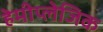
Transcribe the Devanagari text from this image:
हेमीप्लेजिक